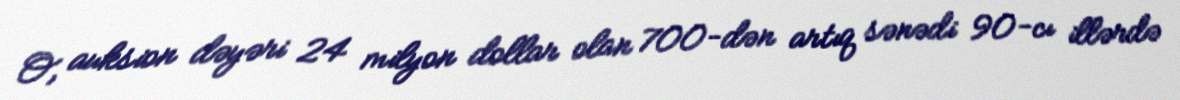
O, auksion dəyəri 24 milyon dollar olan 700-dən artıq sənədi 90-cı illərdə